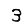
Digit: 3